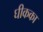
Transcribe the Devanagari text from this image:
घीकका